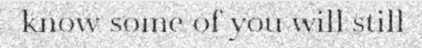
know some of you will still